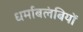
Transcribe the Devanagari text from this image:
धर्माबलंबियों